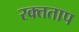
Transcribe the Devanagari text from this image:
रक्तताप